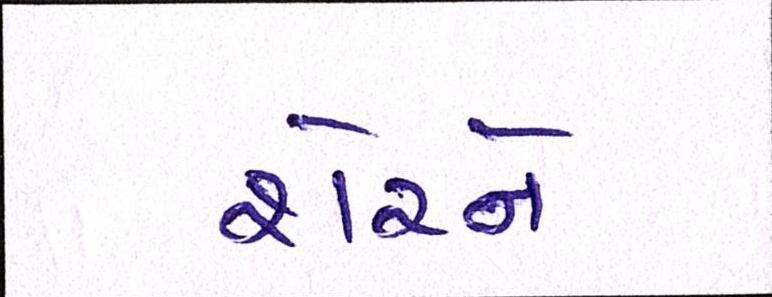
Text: શેરને